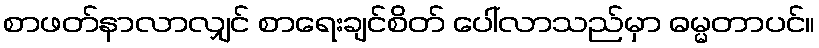
စာဖတ်နာလာလျှင် စာရေးချင်စိတ် ပေါ်လာသည်မှာ ဓမ္မတာပင်။